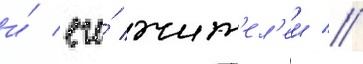
и́ его́ жит'ел'еи //